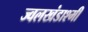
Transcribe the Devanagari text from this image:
ज्वलखंडाश्मी